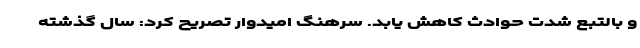
و بالتبع شدت حوادث کاهش یابد. سرهنگ امیدوار تصریح کرد: سال گذشته